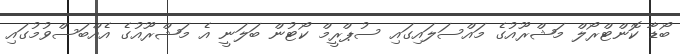
ބޯޑާ ކޮންޓްރޯލް މަޝްރޫއުގެ މައްސަލައިގައި ސުޕްރީމް ކޯޓުން ބަލަނީ އެ މަޝްރޫއުގެ އެއްބަސްވުމުގައި